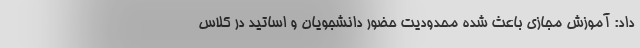
داد: آموزش مجازی باعث شده محدودیت حضور دانشجویان و اساتید در کلاس